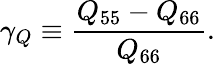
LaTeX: \gamma_{Q}\equiv\frac{Q_{55}-Q_{66}}{Q_{66}}.